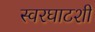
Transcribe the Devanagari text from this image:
स्वरघाटशी